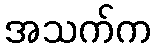
အသက်က